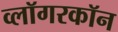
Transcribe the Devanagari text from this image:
व्लॉगरकॉन